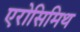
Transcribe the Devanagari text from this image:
एरोसिमिथ